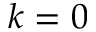
k = 0